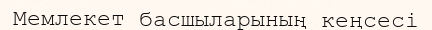
Мемлекет басшыларының кеңсесі